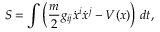
S = \int \left( { \frac { m } { 2 } } g _ { i j } { \dot { x } } ^ { i } { \dot { x } } ^ { j } - V ( x ) \right) \, d t ,